Bréfritari: Soffía Daníelsdóttir
Viðtakandi: Jakobína Magnúsdóttir og Daníel Halldórsson
Dagsetning: A-1902-05-29
Skrifað á: Skeggjastöðum  N-Múl.
Soffía var dóttir Jakobínu og Daníels

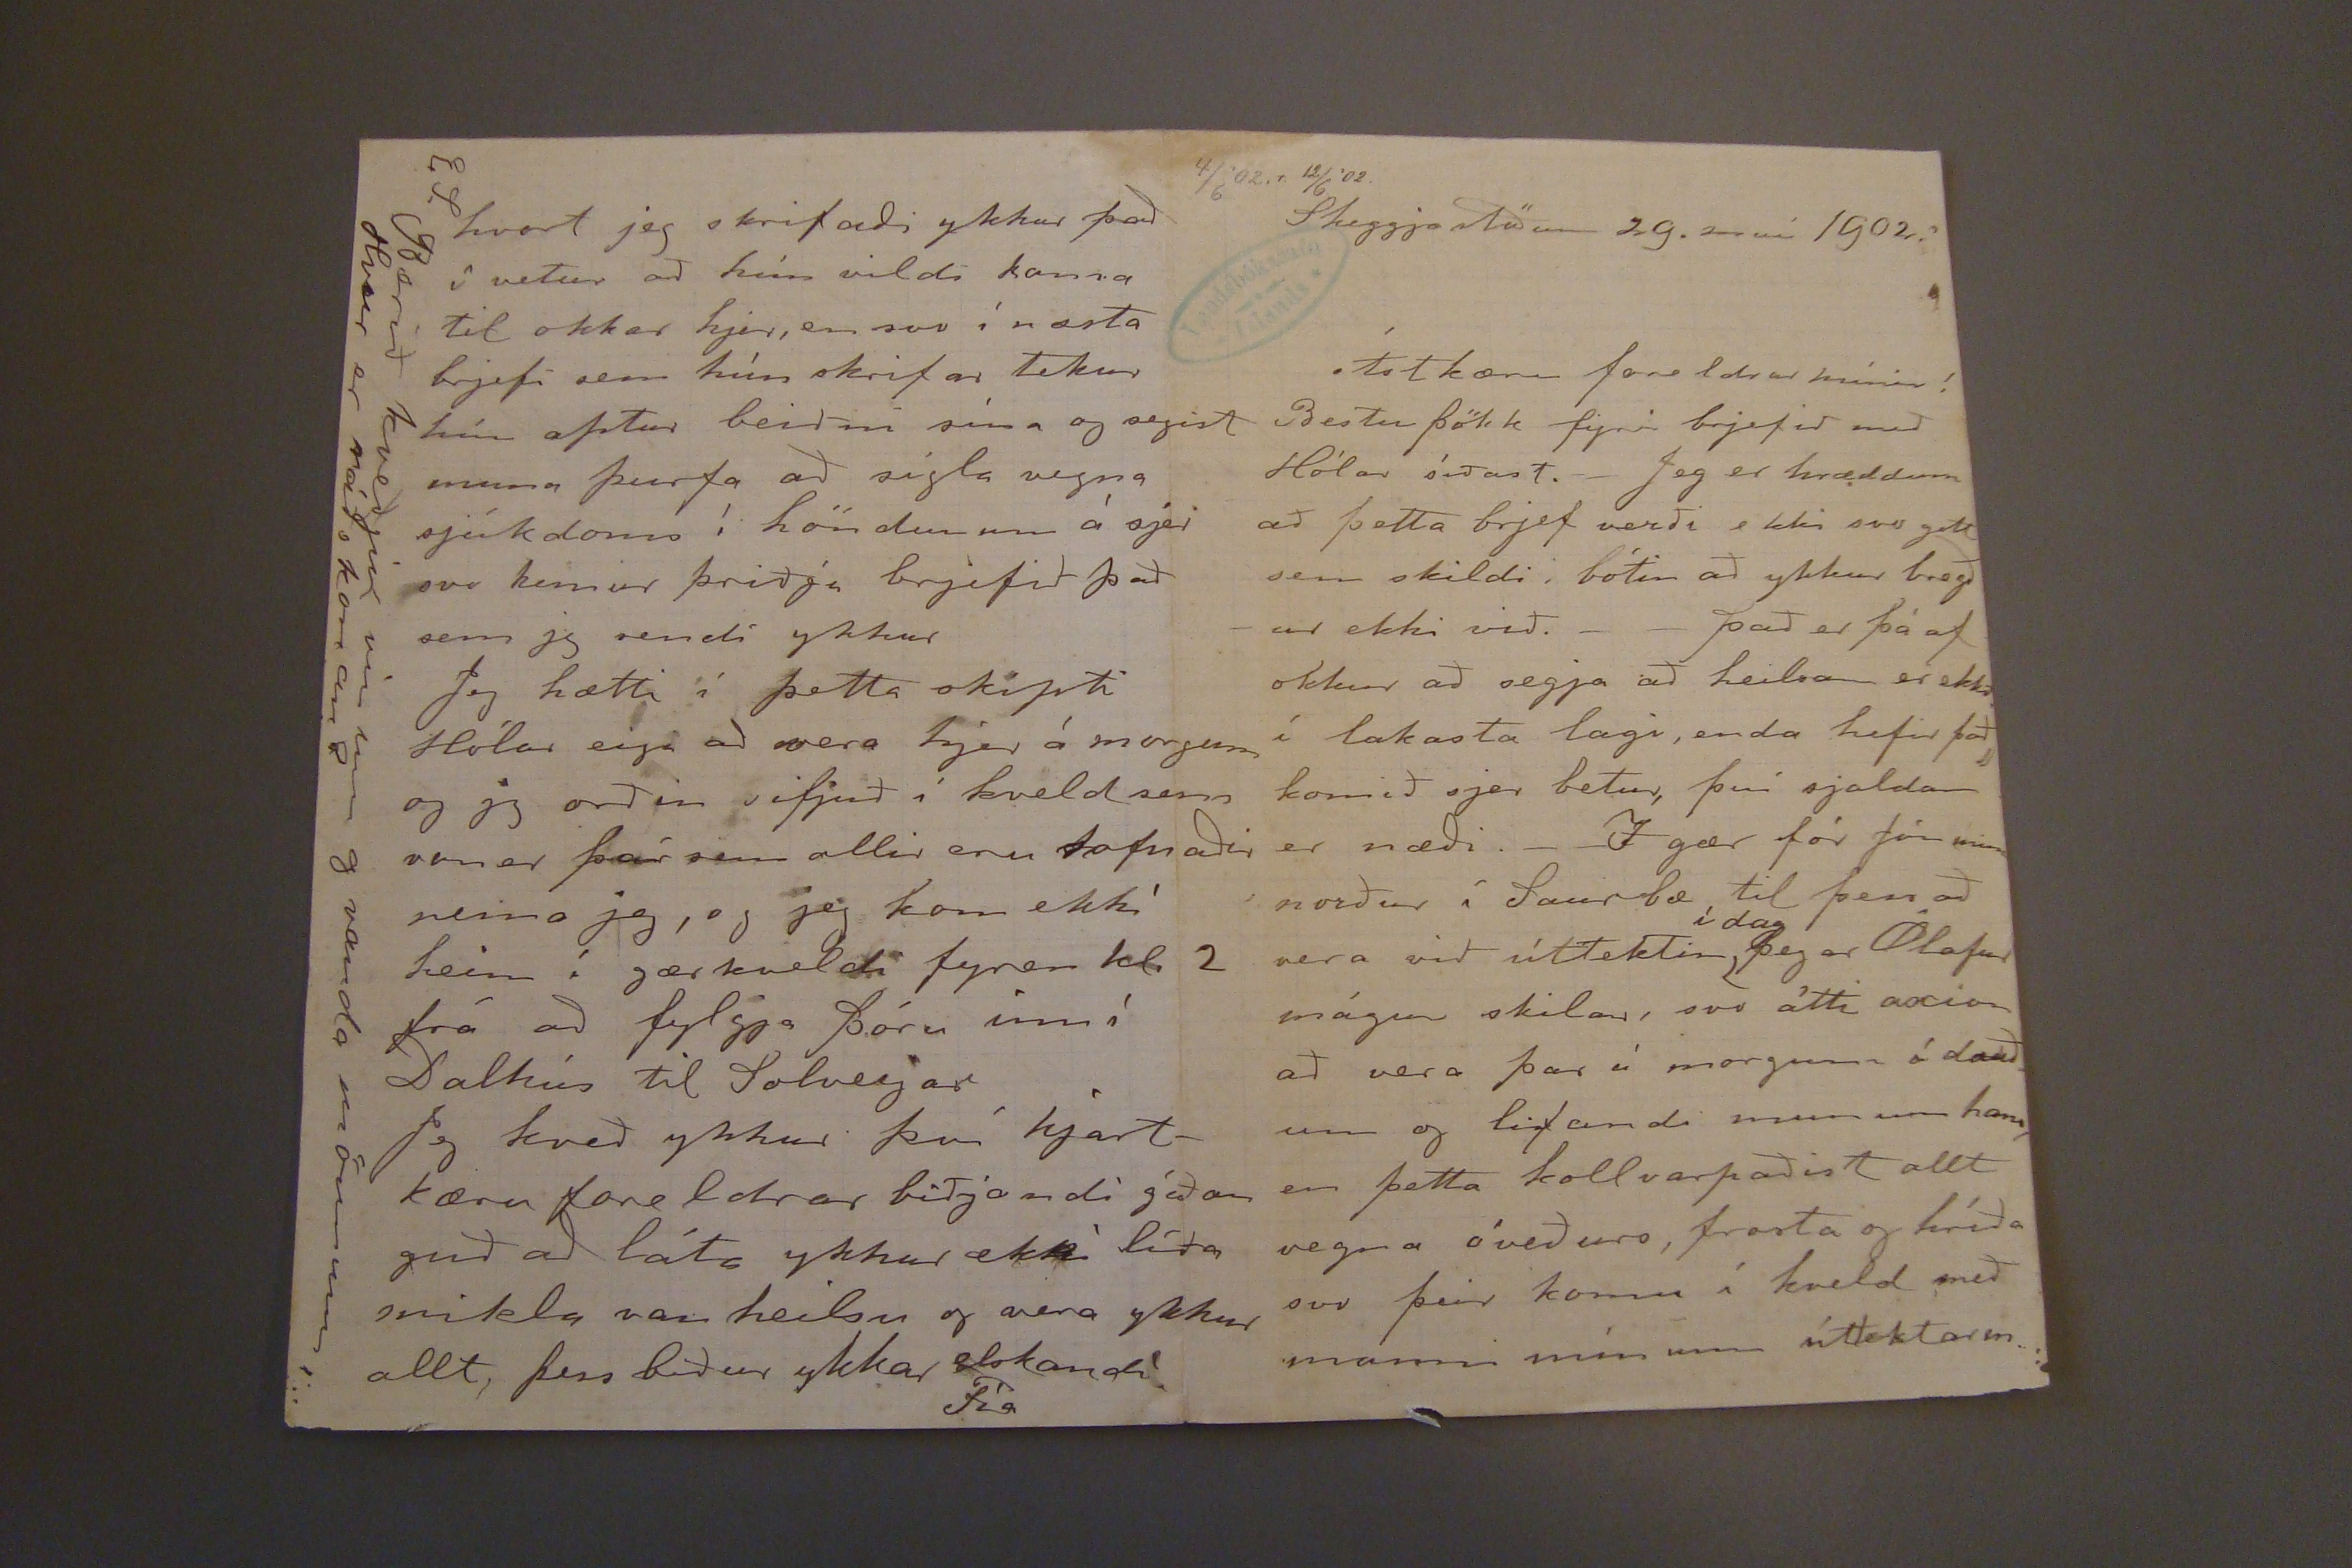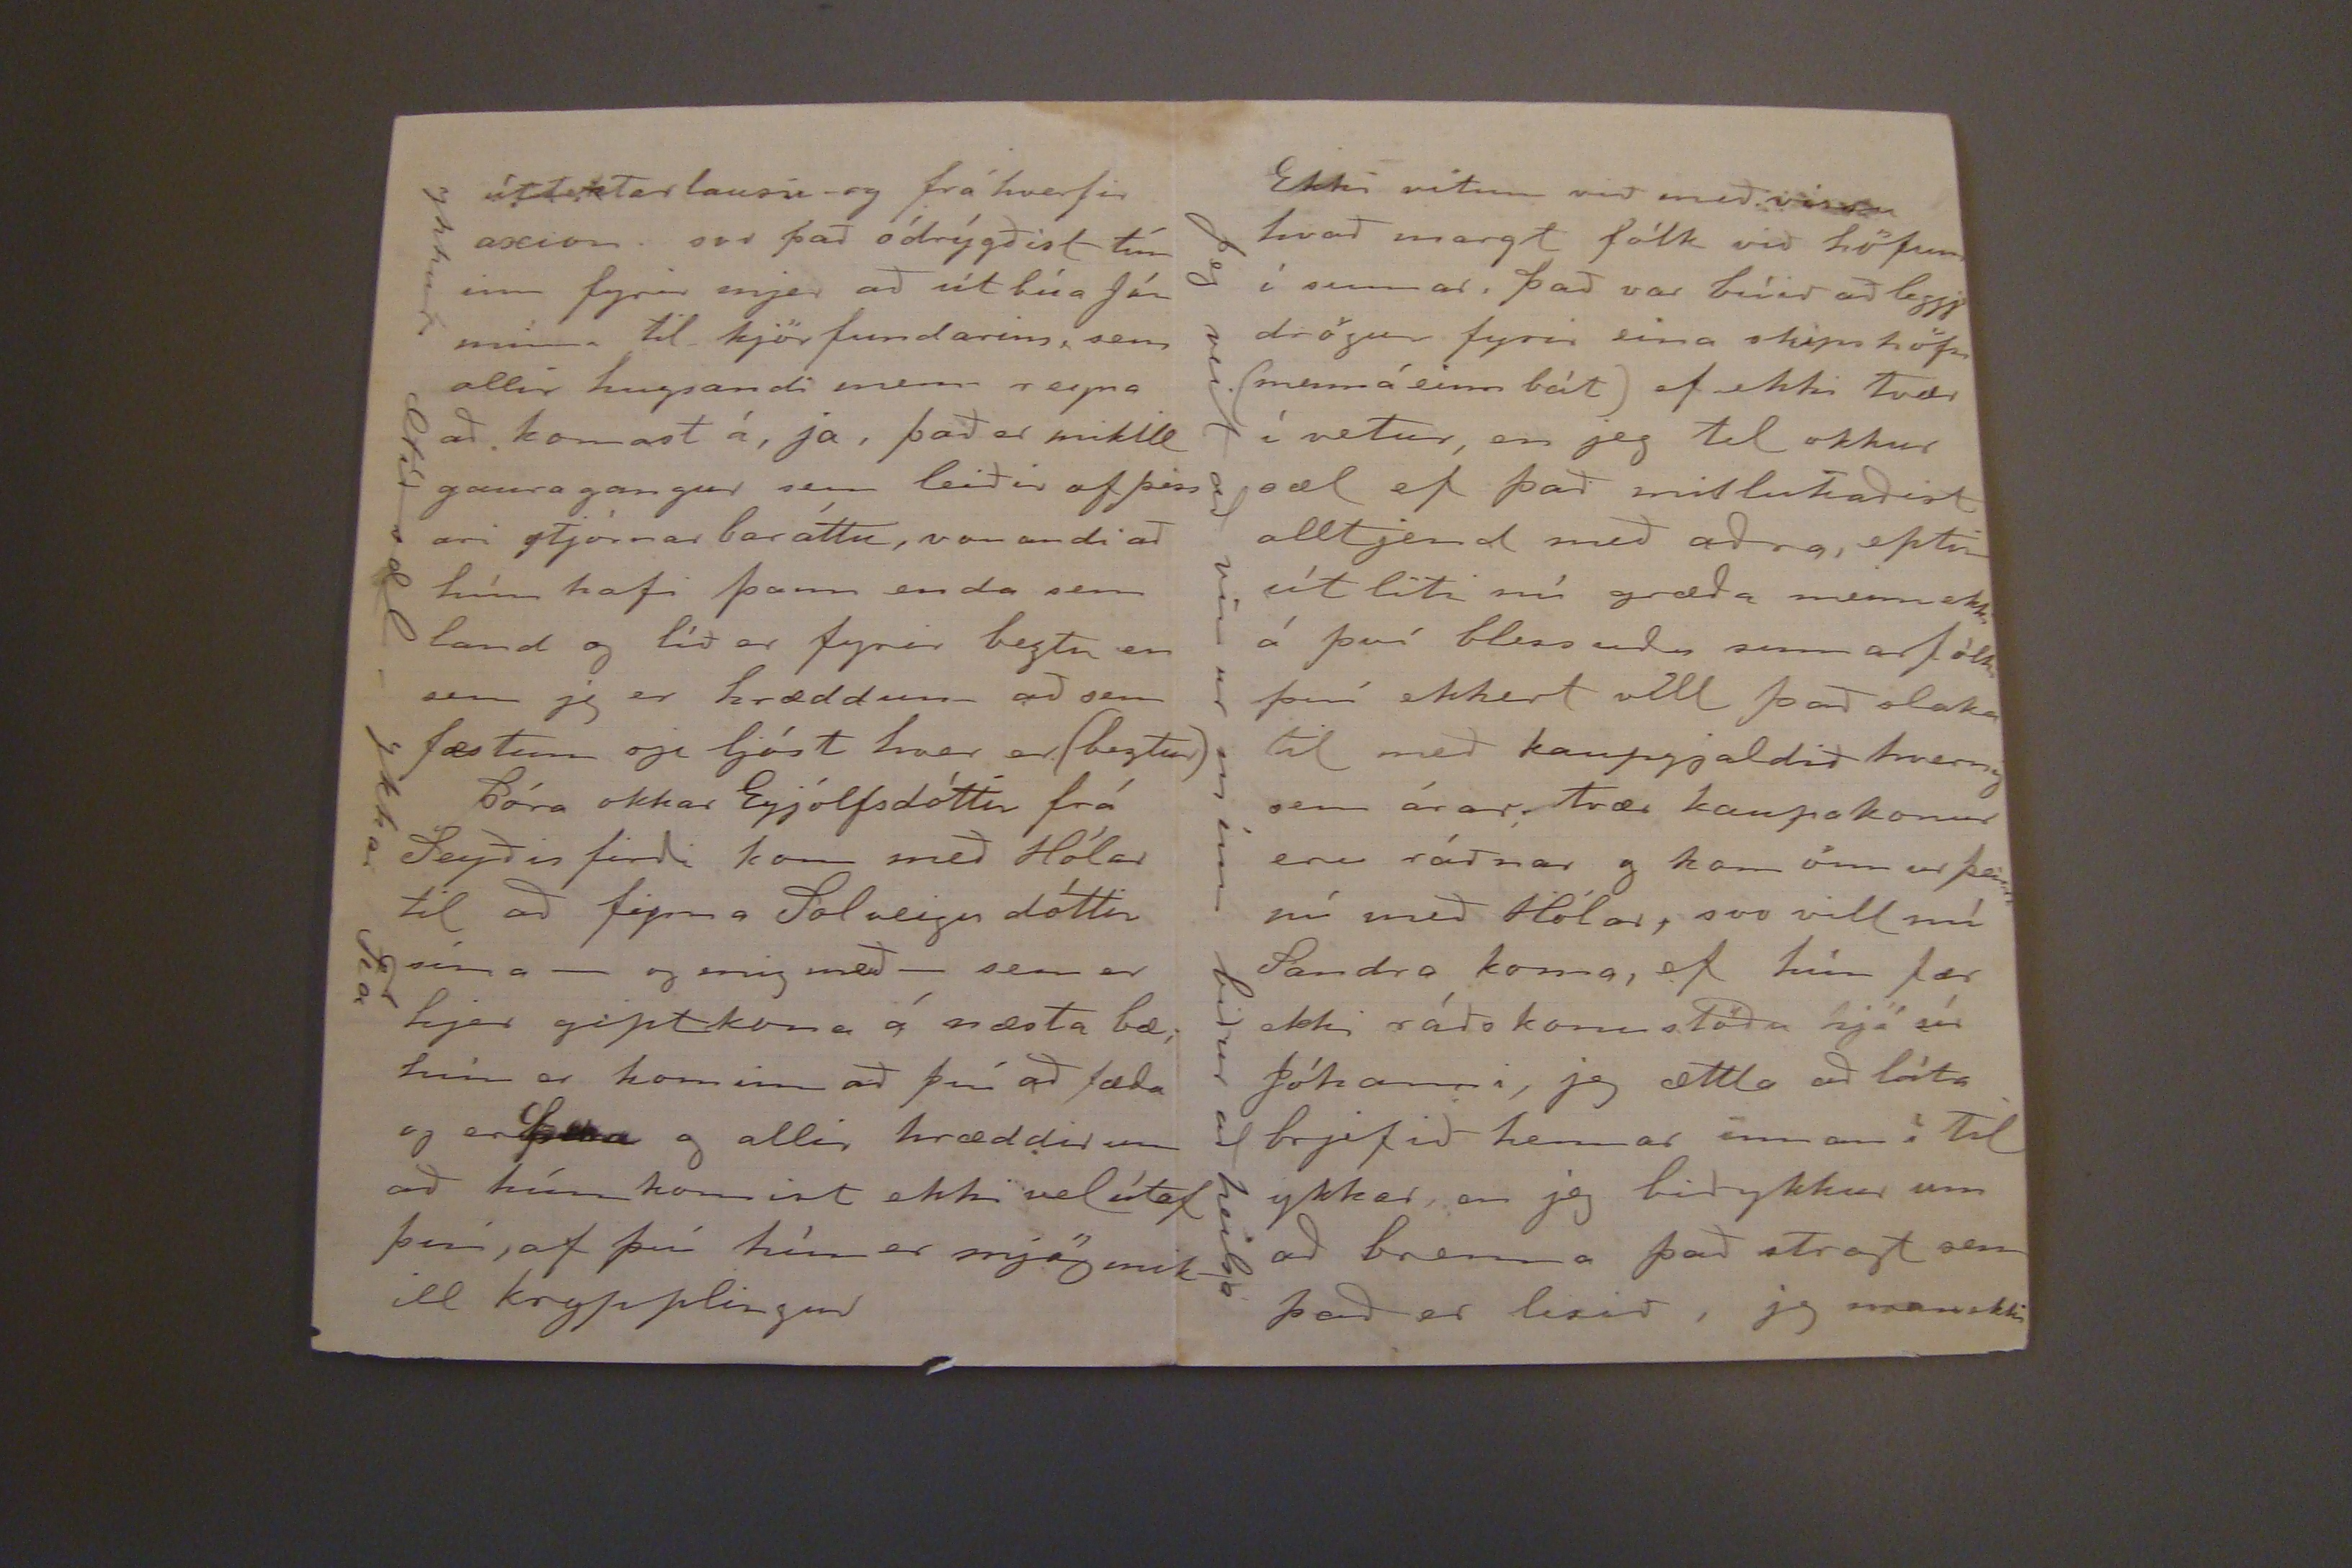

4/6'02.r 12/6'02.
Skeggjastöðum 29. maí 1902.
Ástkæru foreldrar mínir!
Bestu þökk fyrir brjefið með Hólar síðast. Jeg er hræddum að þetta brjef verði ekki svo gott sem skildi bótin að ykkur bregður ekki við. það er þá af okkur að segja að heilsan er ekki í lakasta lagi, enda hefir það komið sjer betur, því sjaldan er næði. Í gær fór Jón minn norður í Saurbæ, til þess að vera við úttektin
í dag
þegar Ólafur mágur skilar, svo átti axion að vera þar í morgunn á dauðum og lifandi munum hans, en þetta kollvarðaðist allt vegna óveðurs, frosta og hríða svo þeir komu í kveld með manni mínum úttektarin.
úttektarlausu og frá hverfir axion svo það ódrýgðist tím inn fyrir mjer að út búa Jón minna til kjör fundarins, sem allir hugsandi menn reyna að komast á, ja, það er mikill gaura gangur sem leiðir af þess ari stjórnar baráttu, vonandi að hún hafi þann enda sem land og tíð er fyrir beztu en sem jeg er hræddum að sem fæstum sje ljóst hver er (beztur) þóra okkar Eyjólfsdóttir frá Seyðis firði kom með Hólar til að
fyma
Solveigu dóttir sína -og mig með- sem er hjer gipt kona á næsta bæ, hún er kominn að því að fæða og er
hun
og allir hræddir um að hún komist ekki vel útaf því, af því hún er mjög mikill krypplingur
ykkur. ætíð sæ. ykkar Fía
hvort jeg skrifaði ykkur það í vetur að hún vildi koma til okkar hjer, en svo í næsta brjefi sem hún skrifar tekur hún aptur beiðni sína og segist muna þurfa að sígla vegna sjúkdoms í höndunum á sjer svo kemur þriðja brjefið það sem jeg sendi ykkur
Jeg hætti i þetta skipti Hólar eiga að vera hjer á morgun og jeg orðin sifjuð í kveld sem von er þar sem allir eru sofnaðir nema jeg, og jeg kom ekkí heim í gærkveldi fyren kl. 2 frá að fylgja þóru inn í Dalhús til Solveigar
Jeg kveð ykkur því hjartkæru foreldrar biðjandi góðan guð að láta ykkur ekkí líða miklu van heilsu og vera ykkur allt, þess biður ykkar elskandi!
Fía
E.S. Berið kveðjur vin um og vanda mönnum, Hvar er ráðskonan?
Ekki vitum við með vissu hvað margt fólk við höfum í sumar, það var búið að leggj drögur fyrir eina skipshöfn (mann á einn bát) ef ekki tvær í vetur, en jeg til okkur sæl ef það
millukaðist
alltjend með aðra, eptir út liti nú græða menn ekki á því blessuðu sumarfólk því ekkert vill það slaka til með kaupgjaldið hvernig sem árar tvær kaupakonur eru ráðnar og hann önnur þeirra nú með Hólar, svo vill nú Sandra koma, ef hún fær ekki ráðskonustöðu hjá sír Jóhanni, jeg ættla að láta brjefið hennar innan í Til ykkar en jeg bið ykkur um að brenna það stragt sem það er lesið, jeg man ekki
Jeg veit að vin ur mínn biður að heilsa